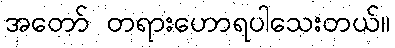
အတော် တရားဟောရပါသေးတယ်။